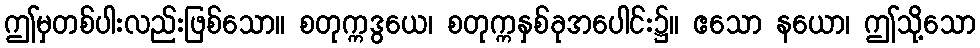
ဤမှတစ်ပါးလည်းဖြစ်သော။ စတုက္ကဒွယေ၊ စတုက္ကနှစ်ခုအပေါင်း၌။ ဧသော နယော၊ ဤသို့သော